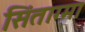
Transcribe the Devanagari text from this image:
सिंताग्मा